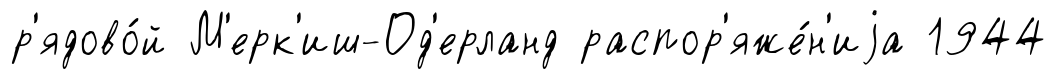
р'ядово́й М'ерк'иш-Од'ерланд распор'яже́н'иjа 1944